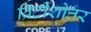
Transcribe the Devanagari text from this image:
ब्रिटीशोत्तर